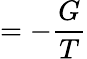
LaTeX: =-{\frac{G}{T}}